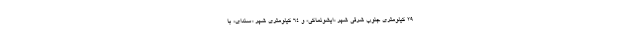
۲۹ کیلومتری جنوب شرقی شهر «ایشونماکی» و ۶۴ کیلومتری شهر «سندای» با